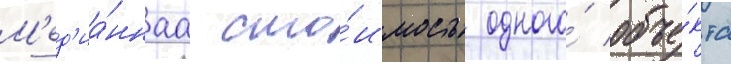
М'ед'иа́ннаа сто́имость одного́ объе́кта